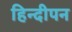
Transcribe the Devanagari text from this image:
हिन्दीपन